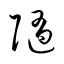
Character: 隨